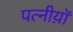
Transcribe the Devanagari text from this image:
पत्नीय़ॉ